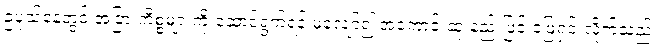
ဥပုသ်နေ့တွင် အခြားကိစ္စများကို ဆောင်ရွက်ရန် မလျော်၍ အကောင်းဆုံးနည်းဖြင့် ဖြေရှင်းလိုက်သည်။